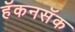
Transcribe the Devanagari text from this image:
हॅकनसॅक